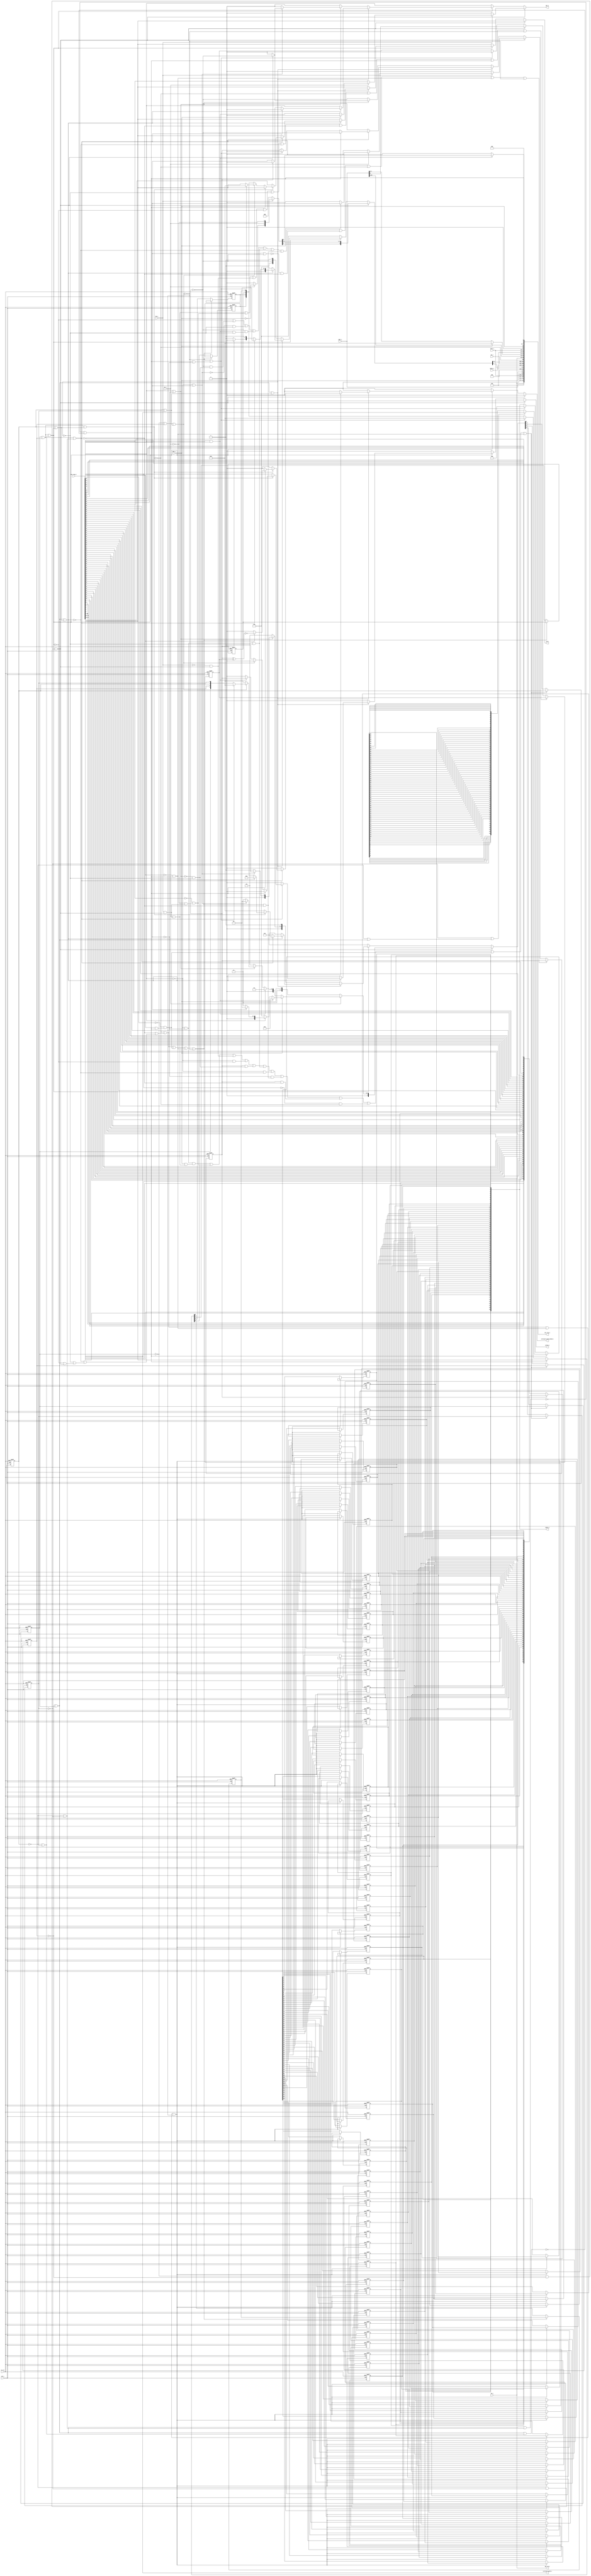
// This program was cloned from: https://github.com/NYU-MLDA/OpenABC
// License: BSD 3-Clause "New" or "Revised" License

module axi_adapter_64_4_00000004
(
  clk_i,
  rst_ni,
  req_i,
  type_i,
  gnt_o,
  gnt_id_o,
  addr_i,
  we_i,
  wdata_i,
  be_i,
  size_i,
  id_i,
  valid_o,
  rdata_o,
  id_o,
  critical_word_o,
  critical_word_valid_o,
  axi_req_o,
  axi_resp_i
);

  output [3:0] gnt_id_o;
  input [63:0] addr_i;
  input [63:0] wdata_i;
  input [7:0] be_i;
  input [1:0] size_i;
  input [3:0] id_i;
  output [63:0] rdata_o;
  output [3:0] id_o;
  output [63:0] critical_word_o;
  output [277:0] axi_req_o;
  input [81:0] axi_resp_i;
  input clk_i;
  input rst_ni;
  input req_i;
  input type_i;
  input we_i;
  output gnt_o;
  output valid_o;
  output critical_word_valid_o;
  wire [3:0] gnt_id_o,id_o,state_d,id_d;
  wire [63:0] critical_word_o,cache_line_d;
  wire [277:0] axi_req_o;
  wire gnt_o,valid_o,critical_word_valid_o,N0,N1,N2,N3,N4,N5,N6,N7,N8,N9,N10,N11,N12,
  N13,N14,N15,N16,N17,N18,N19,N20,N21,N22,N23,N24,N25,N26,N27,N28,N29,N30,N31,N32,
  N33,N34,N35,N36,N37,N38,N39,N40,N41,N42,N43,N44,N45,N46,N47,N48,N49,N50,N51,N52,
  N53,N54,N55,N56,N57,N58,N59,N60,N61,N62,N63,N64,N65,N66,N67,N68,N69,N70,N71,N72,
  N73,N74,N75,N76,N77,N78,N79,N80,N81,N82,N83,N84,N85,N86,N87,N88,N89,N90,N91,N92,
  N93,N94,N95,N96,N97,N98,N99,N100,N101,N102,N103,N104,N105,N106,N107,N108,N109,
  N110,N111,N112,N113,N114,N115,N116,N117,N118,N119,N120,N121,N122,N123,N124,N125,
  N126,N127,N128,N129,N130,N131,N132,N133,N134,N135,N136,N137,N138,N139,N140,N141,
  N142,N143,N144,N145,N146,N147,N148,N149,N150,N151,N152,N153,N154,N155,N156,N157,
  N158,N159,N160,N161,N162,N163,N164,N165,N166,N167,N168,N169,N170,N171,N172,N173,
  N174,N175,N176,N177,N178,N179,N180,N181,N182,N183,N184,N185,N186,N187,N188,N189,
  N190,N191,N192,N193,N194,N195,N196,N197,N198,N199,N200,N201,N202,N203,N204,N205,
  N206,N207,N208,N209,N210,N211,N212,N213,N214,N215,N216,N217,N218,N219,N220,N221,
  N222,N223,N224,N225,N226,N227,N228,N229,N230,N231,N232,N233,N234,N235,N236,N237,
  N238,N239,N240,N241,N242,N243,N244,N245,N246,N247,N248,N249,N250,N251,N252,N253,
  N254,N255,N256,N257,N258,N259,N260,N261,N262,N263,N264,N265,N266,N267,N268,N269,
  N270,N271,N272,N273,N274,N275,N276,N277,N278,N279,N280,N281,N282,N283,N284,N285,
  N286,N287,N288,N289,N290,N291,N292,N293,N294,N295,N296,N297,N298,N299,N300,N301,
  N302,N303,N304,N305,N306,N307,N308,N309,N310,N311,N312,N313,N314,N315,N316,N317,
  N318,N319,N320,N321,N322,N323,N324,N325,N326,N327,N328,N329,N330,N331,N332,N333,
  N334,N335,N336,N337;
  wire [0:0] cnt_d,addr_offset_d;
  reg [3:0] id_q,state_q;
  reg [0:0] cnt_q,addr_offset_q;
  reg [63:0] rdata_o;
  assign axi_req_o[2] = 1'b0;
  assign axi_req_o[3] = 1'b0;
  assign axi_req_o[4] = 1'b0;
  assign axi_req_o[5] = 1'b0;
  assign axi_req_o[6] = 1'b0;
  assign axi_req_o[7] = 1'b0;
  assign axi_req_o[8] = 1'b0;
  assign axi_req_o[9] = 1'b0;
  assign axi_req_o[10] = 1'b0;
  assign axi_req_o[11] = 1'b0;
  assign axi_req_o[12] = 1'b0;
  assign axi_req_o[13] = 1'b0;
  assign axi_req_o[14] = 1'b0;
  assign axi_req_o[15] = 1'b0;
  assign axi_req_o[16] = 1'b0;
  assign axi_req_o[17] = 1'b0;
  assign axi_req_o[19] = 1'b0;
  assign axi_req_o[22] = 1'b0;
  assign axi_req_o[23] = 1'b0;
  assign axi_req_o[24] = 1'b0;
  assign axi_req_o[25] = 1'b0;
  assign axi_req_o[26] = 1'b0;
  assign axi_req_o[27] = 1'b0;
  assign axi_req_o[28] = 1'b0;
  assign axi_req_o[29] = 1'b0;
  assign axi_req_o[30] = 1'b0;
  assign axi_req_o[175] = 1'b0;
  assign axi_req_o[176] = 1'b0;
  assign axi_req_o[177] = 1'b0;
  assign axi_req_o[178] = 1'b0;
  assign axi_req_o[179] = 1'b0;
  assign axi_req_o[180] = 1'b0;
  assign axi_req_o[181] = 1'b0;
  assign axi_req_o[182] = 1'b0;
  assign axi_req_o[183] = 1'b0;
  assign axi_req_o[184] = 1'b0;
  assign axi_req_o[185] = 1'b0;
  assign axi_req_o[186] = 1'b0;
  assign axi_req_o[187] = 1'b0;
  assign axi_req_o[188] = 1'b0;
  assign axi_req_o[189] = 1'b0;
  assign axi_req_o[190] = 1'b0;
  assign axi_req_o[191] = 1'b0;
  assign axi_req_o[192] = 1'b0;
  assign axi_req_o[193] = 1'b0;
  assign axi_req_o[194] = 1'b0;
  assign axi_req_o[195] = 1'b0;
  assign axi_req_o[196] = 1'b0;
  assign axi_req_o[198] = 1'b0;
  assign axi_req_o[201] = 1'b0;
  assign axi_req_o[202] = 1'b0;
  assign axi_req_o[203] = 1'b0;
  assign axi_req_o[204] = 1'b0;
  assign axi_req_o[205] = 1'b0;
  assign axi_req_o[206] = 1'b0;
  assign axi_req_o[207] = 1'b0;
  assign axi_req_o[208] = 1'b0;
  assign axi_req_o[209] = 1'b0;
  assign axi_req_o[197] = axi_req_o[18];
  assign critical_word_o[63] = axi_resp_i[66];
  assign critical_word_o[62] = axi_resp_i[65];
  assign critical_word_o[61] = axi_resp_i[64];
  assign critical_word_o[60] = axi_resp_i[63];
  assign critical_word_o[59] = axi_resp_i[62];
  assign critical_word_o[58] = axi_resp_i[61];
  assign critical_word_o[57] = axi_resp_i[60];
  assign critical_word_o[56] = axi_resp_i[59];
  assign critical_word_o[55] = axi_resp_i[58];
  assign critical_word_o[54] = axi_resp_i[57];
  assign critical_word_o[53] = axi_resp_i[56];
  assign critical_word_o[52] = axi_resp_i[55];
  assign critical_word_o[51] = axi_resp_i[54];
  assign critical_word_o[50] = axi_resp_i[53];
  assign critical_word_o[49] = axi_resp_i[52];
  assign critical_word_o[48] = axi_resp_i[51];
  assign critical_word_o[47] = axi_resp_i[50];
  assign critical_word_o[46] = axi_resp_i[49];
  assign critical_word_o[45] = axi_resp_i[48];
  assign critical_word_o[44] = axi_resp_i[47];
  assign critical_word_o[43] = axi_resp_i[46];
  assign critical_word_o[42] = axi_resp_i[45];
  assign critical_word_o[41] = axi_resp_i[44];
  assign critical_word_o[40] = axi_resp_i[43];
  assign critical_word_o[39] = axi_resp_i[42];
  assign critical_word_o[38] = axi_resp_i[41];
  assign critical_word_o[37] = axi_resp_i[40];
  assign critical_word_o[36] = axi_resp_i[39];
  assign critical_word_o[35] = axi_resp_i[38];
  assign critical_word_o[34] = axi_resp_i[37];
  assign critical_word_o[33] = axi_resp_i[36];
  assign critical_word_o[32] = axi_resp_i[35];
  assign critical_word_o[31] = axi_resp_i[34];
  assign critical_word_o[30] = axi_resp_i[33];
  assign critical_word_o[29] = axi_resp_i[32];
  assign critical_word_o[28] = axi_resp_i[31];
  assign critical_word_o[27] = axi_resp_i[30];
  assign critical_word_o[26] = axi_resp_i[29];
  assign critical_word_o[25] = axi_resp_i[28];
  assign critical_word_o[24] = axi_resp_i[27];
  assign critical_word_o[23] = axi_resp_i[26];
  assign critical_word_o[22] = axi_resp_i[25];
  assign critical_word_o[21] = axi_resp_i[24];
  assign critical_word_o[20] = axi_resp_i[23];
  assign critical_word_o[19] = axi_resp_i[22];
  assign critical_word_o[18] = axi_resp_i[21];
  assign critical_word_o[17] = axi_resp_i[20];
  assign critical_word_o[16] = axi_resp_i[19];
  assign critical_word_o[15] = axi_resp_i[18];
  assign critical_word_o[14] = axi_resp_i[17];
  assign critical_word_o[13] = axi_resp_i[16];
  assign critical_word_o[12] = axi_resp_i[15];
  assign critical_word_o[11] = axi_resp_i[14];
  assign critical_word_o[10] = axi_resp_i[13];
  assign critical_word_o[9] = axi_resp_i[12];
  assign critical_word_o[8] = axi_resp_i[11];
  assign critical_word_o[7] = axi_resp_i[10];
  assign critical_word_o[6] = axi_resp_i[9];
  assign critical_word_o[5] = axi_resp_i[8];
  assign critical_word_o[4] = axi_resp_i[7];
  assign critical_word_o[3] = axi_resp_i[6];
  assign critical_word_o[2] = axi_resp_i[5];
  assign critical_word_o[1] = axi_resp_i[4];
  assign critical_word_o[0] = axi_resp_i[3];
  assign gnt_id_o[3] = id_i[3];
  assign axi_req_o[98] = id_i[3];
  assign axi_req_o[277] = id_i[3];
  assign gnt_id_o[2] = id_i[2];
  assign axi_req_o[97] = id_i[2];
  assign axi_req_o[276] = id_i[2];
  assign gnt_id_o[1] = id_i[1];
  assign axi_req_o[96] = id_i[1];
  assign axi_req_o[275] = id_i[1];
  assign gnt_id_o[0] = id_i[0];
  assign axi_req_o[95] = id_i[0];
  assign axi_req_o[274] = id_i[0];
  assign axi_req_o[94] = addr_i[63];
  assign axi_req_o[273] = addr_i[63];
  assign axi_req_o[93] = addr_i[62];
  assign axi_req_o[272] = addr_i[62];
  assign axi_req_o[92] = addr_i[61];
  assign axi_req_o[271] = addr_i[61];
  assign axi_req_o[91] = addr_i[60];
  assign axi_req_o[270] = addr_i[60];
  assign axi_req_o[90] = addr_i[59];
  assign axi_req_o[269] = addr_i[59];
  assign axi_req_o[89] = addr_i[58];
  assign axi_req_o[268] = addr_i[58];
  assign axi_req_o[88] = addr_i[57];
  assign axi_req_o[267] = addr_i[57];
  assign axi_req_o[87] = addr_i[56];
  assign axi_req_o[266] = addr_i[56];
  assign axi_req_o[86] = addr_i[55];
  assign axi_req_o[265] = addr_i[55];
  assign axi_req_o[85] = addr_i[54];
  assign axi_req_o[264] = addr_i[54];
  assign axi_req_o[84] = addr_i[53];
  assign axi_req_o[263] = addr_i[53];
  assign axi_req_o[83] = addr_i[52];
  assign axi_req_o[262] = addr_i[52];
  assign axi_req_o[82] = addr_i[51];
  assign axi_req_o[261] = addr_i[51];
  assign axi_req_o[81] = addr_i[50];
  assign axi_req_o[260] = addr_i[50];
  assign axi_req_o[80] = addr_i[49];
  assign axi_req_o[259] = addr_i[49];
  assign axi_req_o[79] = addr_i[48];
  assign axi_req_o[258] = addr_i[48];
  assign axi_req_o[78] = addr_i[47];
  assign axi_req_o[257] = addr_i[47];
  assign axi_req_o[77] = addr_i[46];
  assign axi_req_o[256] = addr_i[46];
  assign axi_req_o[76] = addr_i[45];
  assign axi_req_o[255] = addr_i[45];
  assign axi_req_o[75] = addr_i[44];
  assign axi_req_o[254] = addr_i[44];
  assign axi_req_o[74] = addr_i[43];
  assign axi_req_o[253] = addr_i[43];
  assign axi_req_o[73] = addr_i[42];
  assign axi_req_o[252] = addr_i[42];
  assign axi_req_o[72] = addr_i[41];
  assign axi_req_o[251] = addr_i[41];
  assign axi_req_o[71] = addr_i[40];
  assign axi_req_o[250] = addr_i[40];
  assign axi_req_o[70] = addr_i[39];
  assign axi_req_o[249] = addr_i[39];
  assign axi_req_o[69] = addr_i[38];
  assign axi_req_o[248] = addr_i[38];
  assign axi_req_o[68] = addr_i[37];
  assign axi_req_o[247] = addr_i[37];
  assign axi_req_o[67] = addr_i[36];
  assign axi_req_o[246] = addr_i[36];
  assign axi_req_o[66] = addr_i[35];
  assign axi_req_o[245] = addr_i[35];
  assign axi_req_o[65] = addr_i[34];
  assign axi_req_o[244] = addr_i[34];
  assign axi_req_o[64] = addr_i[33];
  assign axi_req_o[243] = addr_i[33];
  assign axi_req_o[63] = addr_i[32];
  assign axi_req_o[242] = addr_i[32];
  assign axi_req_o[62] = addr_i[31];
  assign axi_req_o[241] = addr_i[31];
  assign axi_req_o[61] = addr_i[30];
  assign axi_req_o[240] = addr_i[30];
  assign axi_req_o[60] = addr_i[29];
  assign axi_req_o[239] = addr_i[29];
  assign axi_req_o[59] = addr_i[28];
  assign axi_req_o[238] = addr_i[28];
  assign axi_req_o[58] = addr_i[27];
  assign axi_req_o[237] = addr_i[27];
  assign axi_req_o[57] = addr_i[26];
  assign axi_req_o[236] = addr_i[26];
  assign axi_req_o[56] = addr_i[25];
  assign axi_req_o[235] = addr_i[25];
  assign axi_req_o[55] = addr_i[24];
  assign axi_req_o[234] = addr_i[24];
  assign axi_req_o[54] = addr_i[23];
  assign axi_req_o[233] = addr_i[23];
  assign axi_req_o[53] = addr_i[22];
  assign axi_req_o[232] = addr_i[22];
  assign axi_req_o[52] = addr_i[21];
  assign axi_req_o[231] = addr_i[21];
  assign axi_req_o[51] = addr_i[20];
  assign axi_req_o[230] = addr_i[20];
  assign axi_req_o[50] = addr_i[19];
  assign axi_req_o[229] = addr_i[19];
  assign axi_req_o[49] = addr_i[18];
  assign axi_req_o[228] = addr_i[18];
  assign axi_req_o[48] = addr_i[17];
  assign axi_req_o[227] = addr_i[17];
  assign axi_req_o[47] = addr_i[16];
  assign axi_req_o[226] = addr_i[16];
  assign axi_req_o[46] = addr_i[15];
  assign axi_req_o[225] = addr_i[15];
  assign axi_req_o[45] = addr_i[14];
  assign axi_req_o[224] = addr_i[14];
  assign axi_req_o[44] = addr_i[13];
  assign axi_req_o[223] = addr_i[13];
  assign axi_req_o[43] = addr_i[12];
  assign axi_req_o[222] = addr_i[12];
  assign axi_req_o[42] = addr_i[11];
  assign axi_req_o[221] = addr_i[11];
  assign axi_req_o[41] = addr_i[10];
  assign axi_req_o[220] = addr_i[10];
  assign axi_req_o[40] = addr_i[9];
  assign axi_req_o[219] = addr_i[9];
  assign axi_req_o[39] = addr_i[8];
  assign axi_req_o[218] = addr_i[8];
  assign axi_req_o[38] = addr_i[7];
  assign axi_req_o[217] = addr_i[7];
  assign axi_req_o[37] = addr_i[6];
  assign axi_req_o[216] = addr_i[6];
  assign axi_req_o[36] = addr_i[5];
  assign axi_req_o[215] = addr_i[5];
  assign axi_req_o[35] = addr_i[4];
  assign axi_req_o[214] = addr_i[4];
  assign axi_req_o[213] = addr_i[3];
  assign axi_req_o[212] = addr_i[2];
  assign axi_req_o[211] = addr_i[1];
  assign axi_req_o[210] = addr_i[0];
  assign axi_req_o[21] = size_i[1];
  assign axi_req_o[200] = size_i[1];
  assign axi_req_o[20] = size_i[0];
  assign axi_req_o[199] = size_i[0];
  assign axi_req_o[173] = wdata_i[63];
  assign axi_req_o[172] = wdata_i[62];
  assign axi_req_o[171] = wdata_i[61];
  assign axi_req_o[170] = wdata_i[60];
  assign axi_req_o[169] = wdata_i[59];
  assign axi_req_o[168] = wdata_i[58];
  assign axi_req_o[167] = wdata_i[57];
  assign axi_req_o[166] = wdata_i[56];
  assign axi_req_o[165] = wdata_i[55];
  assign axi_req_o[164] = wdata_i[54];
  assign axi_req_o[163] = wdata_i[53];
  assign axi_req_o[162] = wdata_i[52];
  assign axi_req_o[161] = wdata_i[51];
  assign axi_req_o[160] = wdata_i[50];
  assign axi_req_o[159] = wdata_i[49];
  assign axi_req_o[158] = wdata_i[48];
  assign axi_req_o[157] = wdata_i[47];
  assign axi_req_o[156] = wdata_i[46];
  assign axi_req_o[155] = wdata_i[45];
  assign axi_req_o[154] = wdata_i[44];
  assign axi_req_o[153] = wdata_i[43];
  assign axi_req_o[152] = wdata_i[42];
  assign axi_req_o[151] = wdata_i[41];
  assign axi_req_o[150] = wdata_i[40];
  assign axi_req_o[149] = wdata_i[39];
  assign axi_req_o[148] = wdata_i[38];
  assign axi_req_o[147] = wdata_i[37];
  assign axi_req_o[146] = wdata_i[36];
  assign axi_req_o[145] = wdata_i[35];
  assign axi_req_o[144] = wdata_i[34];
  assign axi_req_o[143] = wdata_i[33];
  assign axi_req_o[142] = wdata_i[32];
  assign axi_req_o[141] = wdata_i[31];
  assign axi_req_o[140] = wdata_i[30];
  assign axi_req_o[139] = wdata_i[29];
  assign axi_req_o[138] = wdata_i[28];
  assign axi_req_o[137] = wdata_i[27];
  assign axi_req_o[136] = wdata_i[26];
  assign axi_req_o[135] = wdata_i[25];
  assign axi_req_o[134] = wdata_i[24];
  assign axi_req_o[133] = wdata_i[23];
  assign axi_req_o[132] = wdata_i[22];
  assign axi_req_o[131] = wdata_i[21];
  assign axi_req_o[130] = wdata_i[20];
  assign axi_req_o[129] = wdata_i[19];
  assign axi_req_o[128] = wdata_i[18];
  assign axi_req_o[127] = wdata_i[17];
  assign axi_req_o[126] = wdata_i[16];
  assign axi_req_o[125] = wdata_i[15];
  assign axi_req_o[124] = wdata_i[14];
  assign axi_req_o[123] = wdata_i[13];
  assign axi_req_o[122] = wdata_i[12];
  assign axi_req_o[121] = wdata_i[11];
  assign axi_req_o[120] = wdata_i[10];
  assign axi_req_o[119] = wdata_i[9];
  assign axi_req_o[118] = wdata_i[8];
  assign axi_req_o[117] = wdata_i[7];
  assign axi_req_o[116] = wdata_i[6];
  assign axi_req_o[115] = wdata_i[5];
  assign axi_req_o[114] = wdata_i[4];
  assign axi_req_o[113] = wdata_i[3];
  assign axi_req_o[112] = wdata_i[2];
  assign axi_req_o[111] = wdata_i[1];
  assign axi_req_o[110] = wdata_i[0];
  assign axi_req_o[109] = be_i[7];
  assign axi_req_o[108] = be_i[6];
  assign axi_req_o[107] = be_i[5];
  assign axi_req_o[106] = be_i[4];
  assign axi_req_o[105] = be_i[3];
  assign axi_req_o[104] = be_i[2];
  assign axi_req_o[103] = be_i[1];
  assign axi_req_o[102] = be_i[0];
  assign N29 = N28 & N328;
  assign N30 = N329 & N330;
  assign N31 = N29 & N30;
  assign N32 = state_q[3] | state_q[2];
  assign N33 = N329 | state_q[0];
  assign N34 = N32 | N33;
  assign N36 = state_q[3] | N328;
  assign N37 = state_q[1] | state_q[0];
  assign N38 = N36 | N37;
  assign N40 = state_q[3] | N328;
  assign N41 = state_q[1] | N330;
  assign N42 = N40 | N41;
  assign N44 = state_q[3] | state_q[2];
  assign N45 = N329 | N330;
  assign N46 = N44 | N45;
  assign N48 = state_q[3] | state_q[2];
  assign N49 = state_q[1] | N330;
  assign N50 = N48 | N49;
  assign N52 = state_q[3] | N328;
  assign N53 = N329 | N330;
  assign N54 = N52 | N53;
  assign N55 = state_q[3] | N328;
  assign N56 = N329 | state_q[0];
  assign N57 = N55 | N56;
  assign N59 = N28 | state_q[2];
  assign N60 = state_q[1] | state_q[0];
  assign N61 = N59 | N60;
  assign N66 = axi_resp_i[81] | N76;
  assign N68 = N75 | axi_resp_i[79];
  assign N70 = N75 & N76;
  assign N0 = N110 ^ addr_offset_q[0];
  assign N112 = ~N0;

  always @(posedge clk_i or posedge N256) begin
    if(N256) begin
      id_q[3] <= 1'b0;
    end else if(N268) begin
      id_q[3] <= id_d[3];
    end 
  end


  always @(posedge clk_i or posedge N256) begin
    if(N256) begin
      id_q[2] <= 1'b0;
    end else if(N268) begin
      id_q[2] <= id_d[2];
    end 
  end


  always @(posedge clk_i or posedge N256) begin
    if(N256) begin
      id_q[1] <= 1'b0;
    end else if(N268) begin
      id_q[1] <= id_d[1];
    end 
  end


  always @(posedge clk_i or posedge N256) begin
    if(N256) begin
      id_q[0] <= 1'b0;
    end else if(N268) begin
      id_q[0] <= id_d[0];
    end 
  end


  always @(posedge clk_i or posedge N256) begin
    if(N256) begin
      state_q[3] <= 1'b0;
    end else if(N296) begin
      state_q[3] <= state_d[3];
    end 
  end


  always @(posedge clk_i or posedge N256) begin
    if(N256) begin
      state_q[2] <= 1'b0;
    end else if(N296) begin
      state_q[2] <= state_d[2];
    end 
  end


  always @(posedge clk_i or posedge N256) begin
    if(N256) begin
      state_q[1] <= 1'b0;
    end else if(N296) begin
      state_q[1] <= state_d[1];
    end 
  end


  always @(posedge clk_i or posedge N256) begin
    if(N256) begin
      state_q[0] <= 1'b0;
    end else if(N296) begin
      state_q[0] <= state_d[0];
    end 
  end


  always @(posedge clk_i or posedge N256) begin
    if(N256) begin
      cnt_q[0] <= 1'b0;
    end else if(N312) begin
      cnt_q[0] <= cnt_d[0];
    end 
  end


  always @(posedge clk_i or posedge N256) begin
    if(N256) begin
      rdata_o[63] <= 1'b0;
    end else if(N315) begin
      rdata_o[63] <= cache_line_d[63];
    end 
  end


  always @(posedge clk_i or posedge N256) begin
    if(N256) begin
      rdata_o[62] <= 1'b0;
    end else if(N315) begin
      rdata_o[62] <= cache_line_d[62];
    end 
  end


  always @(posedge clk_i or posedge N256) begin
    if(N256) begin
      rdata_o[61] <= 1'b0;
    end else if(N315) begin
      rdata_o[61] <= cache_line_d[61];
    end 
  end


  always @(posedge clk_i or posedge N256) begin
    if(N256) begin
      rdata_o[60] <= 1'b0;
    end else if(N315) begin
      rdata_o[60] <= cache_line_d[60];
    end 
  end


  always @(posedge clk_i or posedge N256) begin
    if(N256) begin
      rdata_o[59] <= 1'b0;
    end else if(N315) begin
      rdata_o[59] <= cache_line_d[59];
    end 
  end


  always @(posedge clk_i or posedge N256) begin
    if(N256) begin
      rdata_o[58] <= 1'b0;
    end else if(N315) begin
      rdata_o[58] <= cache_line_d[58];
    end 
  end


  always @(posedge clk_i or posedge N256) begin
    if(N256) begin
      rdata_o[57] <= 1'b0;
    end else if(N315) begin
      rdata_o[57] <= cache_line_d[57];
    end 
  end


  always @(posedge clk_i or posedge N256) begin
    if(N256) begin
      rdata_o[56] <= 1'b0;
    end else if(N315) begin
      rdata_o[56] <= cache_line_d[56];
    end 
  end


  always @(posedge clk_i or posedge N256) begin
    if(N256) begin
      rdata_o[55] <= 1'b0;
    end else if(N315) begin
      rdata_o[55] <= cache_line_d[55];
    end 
  end


  always @(posedge clk_i or posedge N256) begin
    if(N256) begin
      rdata_o[54] <= 1'b0;
    end else if(N315) begin
      rdata_o[54] <= cache_line_d[54];
    end 
  end


  always @(posedge clk_i or posedge N256) begin
    if(N256) begin
      rdata_o[53] <= 1'b0;
    end else if(N315) begin
      rdata_o[53] <= cache_line_d[53];
    end 
  end


  always @(posedge clk_i or posedge N256) begin
    if(N256) begin
      rdata_o[52] <= 1'b0;
    end else if(N315) begin
      rdata_o[52] <= cache_line_d[52];
    end 
  end


  always @(posedge clk_i or posedge N256) begin
    if(N256) begin
      rdata_o[51] <= 1'b0;
    end else if(N315) begin
      rdata_o[51] <= cache_line_d[51];
    end 
  end


  always @(posedge clk_i or posedge N256) begin
    if(N256) begin
      rdata_o[50] <= 1'b0;
    end else if(N315) begin
      rdata_o[50] <= cache_line_d[50];
    end 
  end


  always @(posedge clk_i or posedge N256) begin
    if(N256) begin
      rdata_o[49] <= 1'b0;
    end else if(N315) begin
      rdata_o[49] <= cache_line_d[49];
    end 
  end


  always @(posedge clk_i or posedge N256) begin
    if(N256) begin
      rdata_o[48] <= 1'b0;
    end else if(N315) begin
      rdata_o[48] <= cache_line_d[48];
    end 
  end


  always @(posedge clk_i or posedge N256) begin
    if(N256) begin
      rdata_o[47] <= 1'b0;
    end else if(N315) begin
      rdata_o[47] <= cache_line_d[47];
    end 
  end


  always @(posedge clk_i or posedge N256) begin
    if(N256) begin
      rdata_o[46] <= 1'b0;
    end else if(N315) begin
      rdata_o[46] <= cache_line_d[46];
    end 
  end


  always @(posedge clk_i or posedge N256) begin
    if(N256) begin
      rdata_o[45] <= 1'b0;
    end else if(N315) begin
      rdata_o[45] <= cache_line_d[45];
    end 
  end


  always @(posedge clk_i or posedge N256) begin
    if(N256) begin
      rdata_o[44] <= 1'b0;
    end else if(N315) begin
      rdata_o[44] <= cache_line_d[44];
    end 
  end


  always @(posedge clk_i or posedge N256) begin
    if(N256) begin
      rdata_o[43] <= 1'b0;
    end else if(N315) begin
      rdata_o[43] <= cache_line_d[43];
    end 
  end


  always @(posedge clk_i or posedge N256) begin
    if(N256) begin
      rdata_o[42] <= 1'b0;
    end else if(N315) begin
      rdata_o[42] <= cache_line_d[42];
    end 
  end


  always @(posedge clk_i or posedge N256) begin
    if(N256) begin
      rdata_o[41] <= 1'b0;
    end else if(N315) begin
      rdata_o[41] <= cache_line_d[41];
    end 
  end


  always @(posedge clk_i or posedge N256) begin
    if(N256) begin
      rdata_o[40] <= 1'b0;
    end else if(N315) begin
      rdata_o[40] <= cache_line_d[40];
    end 
  end


  always @(posedge clk_i or posedge N256) begin
    if(N256) begin
      rdata_o[39] <= 1'b0;
    end else if(N315) begin
      rdata_o[39] <= cache_line_d[39];
    end 
  end


  always @(posedge clk_i or posedge N256) begin
    if(N256) begin
      rdata_o[38] <= 1'b0;
    end else if(N315) begin
      rdata_o[38] <= cache_line_d[38];
    end 
  end


  always @(posedge clk_i or posedge N256) begin
    if(N256) begin
      rdata_o[37] <= 1'b0;
    end else if(N315) begin
      rdata_o[37] <= cache_line_d[37];
    end 
  end


  always @(posedge clk_i or posedge N256) begin
    if(N256) begin
      rdata_o[36] <= 1'b0;
    end else if(N315) begin
      rdata_o[36] <= cache_line_d[36];
    end 
  end


  always @(posedge clk_i or posedge N256) begin
    if(N256) begin
      rdata_o[35] <= 1'b0;
    end else if(N315) begin
      rdata_o[35] <= cache_line_d[35];
    end 
  end


  always @(posedge clk_i or posedge N256) begin
    if(N256) begin
      rdata_o[34] <= 1'b0;
    end else if(N315) begin
      rdata_o[34] <= cache_line_d[34];
    end 
  end


  always @(posedge clk_i or posedge N256) begin
    if(N256) begin
      rdata_o[33] <= 1'b0;
    end else if(N315) begin
      rdata_o[33] <= cache_line_d[33];
    end 
  end


  always @(posedge clk_i or posedge N256) begin
    if(N256) begin
      rdata_o[32] <= 1'b0;
    end else if(N315) begin
      rdata_o[32] <= cache_line_d[32];
    end 
  end


  always @(posedge clk_i or posedge N256) begin
    if(N256) begin
      rdata_o[31] <= 1'b0;
    end else if(N315) begin
      rdata_o[31] <= cache_line_d[31];
    end 
  end


  always @(posedge clk_i or posedge N256) begin
    if(N256) begin
      rdata_o[30] <= 1'b0;
    end else if(N315) begin
      rdata_o[30] <= cache_line_d[30];
    end 
  end


  always @(posedge clk_i or posedge N256) begin
    if(N256) begin
      rdata_o[29] <= 1'b0;
    end else if(N315) begin
      rdata_o[29] <= cache_line_d[29];
    end 
  end


  always @(posedge clk_i or posedge N256) begin
    if(N256) begin
      rdata_o[28] <= 1'b0;
    end else if(N315) begin
      rdata_o[28] <= cache_line_d[28];
    end 
  end


  always @(posedge clk_i or posedge N256) begin
    if(N256) begin
      rdata_o[27] <= 1'b0;
    end else if(N315) begin
      rdata_o[27] <= cache_line_d[27];
    end 
  end


  always @(posedge clk_i or posedge N256) begin
    if(N256) begin
      rdata_o[26] <= 1'b0;
    end else if(N315) begin
      rdata_o[26] <= cache_line_d[26];
    end 
  end


  always @(posedge clk_i or posedge N256) begin
    if(N256) begin
      rdata_o[25] <= 1'b0;
    end else if(N315) begin
      rdata_o[25] <= cache_line_d[25];
    end 
  end


  always @(posedge clk_i or posedge N256) begin
    if(N256) begin
      rdata_o[24] <= 1'b0;
    end else if(N315) begin
      rdata_o[24] <= cache_line_d[24];
    end 
  end


  always @(posedge clk_i or posedge N256) begin
    if(N256) begin
      rdata_o[23] <= 1'b0;
    end else if(N315) begin
      rdata_o[23] <= cache_line_d[23];
    end 
  end


  always @(posedge clk_i or posedge N256) begin
    if(N256) begin
      rdata_o[22] <= 1'b0;
    end else if(N315) begin
      rdata_o[22] <= cache_line_d[22];
    end 
  end


  always @(posedge clk_i or posedge N256) begin
    if(N256) begin
      rdata_o[21] <= 1'b0;
    end else if(N315) begin
      rdata_o[21] <= cache_line_d[21];
    end 
  end


  always @(posedge clk_i or posedge N256) begin
    if(N256) begin
      rdata_o[20] <= 1'b0;
    end else if(N315) begin
      rdata_o[20] <= cache_line_d[20];
    end 
  end


  always @(posedge clk_i or posedge N256) begin
    if(N256) begin
      rdata_o[19] <= 1'b0;
    end else if(N315) begin
      rdata_o[19] <= cache_line_d[19];
    end 
  end


  always @(posedge clk_i or posedge N256) begin
    if(N256) begin
      rdata_o[18] <= 1'b0;
    end else if(N315) begin
      rdata_o[18] <= cache_line_d[18];
    end 
  end


  always @(posedge clk_i or posedge N256) begin
    if(N256) begin
      rdata_o[17] <= 1'b0;
    end else if(N315) begin
      rdata_o[17] <= cache_line_d[17];
    end 
  end


  always @(posedge clk_i or posedge N256) begin
    if(N256) begin
      rdata_o[16] <= 1'b0;
    end else if(N315) begin
      rdata_o[16] <= cache_line_d[16];
    end 
  end


  always @(posedge clk_i or posedge N256) begin
    if(N256) begin
      rdata_o[15] <= 1'b0;
    end else if(N315) begin
      rdata_o[15] <= cache_line_d[15];
    end 
  end


  always @(posedge clk_i or posedge N256) begin
    if(N256) begin
      rdata_o[14] <= 1'b0;
    end else if(N315) begin
      rdata_o[14] <= cache_line_d[14];
    end 
  end


  always @(posedge clk_i or posedge N256) begin
    if(N256) begin
      rdata_o[13] <= 1'b0;
    end else if(N315) begin
      rdata_o[13] <= cache_line_d[13];
    end 
  end


  always @(posedge clk_i or posedge N256) begin
    if(N256) begin
      rdata_o[12] <= 1'b0;
    end else if(N315) begin
      rdata_o[12] <= cache_line_d[12];
    end 
  end


  always @(posedge clk_i or posedge N256) begin
    if(N256) begin
      rdata_o[11] <= 1'b0;
    end else if(N315) begin
      rdata_o[11] <= cache_line_d[11];
    end 
  end


  always @(posedge clk_i or posedge N256) begin
    if(N256) begin
      rdata_o[10] <= 1'b0;
    end else if(N315) begin
      rdata_o[10] <= cache_line_d[10];
    end 
  end


  always @(posedge clk_i or posedge N256) begin
    if(N256) begin
      rdata_o[9] <= 1'b0;
    end else if(N315) begin
      rdata_o[9] <= cache_line_d[9];
    end 
  end


  always @(posedge clk_i or posedge N256) begin
    if(N256) begin
      rdata_o[8] <= 1'b0;
    end else if(N315) begin
      rdata_o[8] <= cache_line_d[8];
    end 
  end


  always @(posedge clk_i or posedge N256) begin
    if(N256) begin
      rdata_o[7] <= 1'b0;
    end else if(N315) begin
      rdata_o[7] <= cache_line_d[7];
    end 
  end


  always @(posedge clk_i or posedge N256) begin
    if(N256) begin
      rdata_o[6] <= 1'b0;
    end else if(N315) begin
      rdata_o[6] <= cache_line_d[6];
    end 
  end


  always @(posedge clk_i or posedge N256) begin
    if(N256) begin
      rdata_o[5] <= 1'b0;
    end else if(N315) begin
      rdata_o[5] <= cache_line_d[5];
    end 
  end


  always @(posedge clk_i or posedge N256) begin
    if(N256) begin
      rdata_o[4] <= 1'b0;
    end else if(N315) begin
      rdata_o[4] <= cache_line_d[4];
    end 
  end


  always @(posedge clk_i or posedge N256) begin
    if(N256) begin
      rdata_o[3] <= 1'b0;
    end else if(N315) begin
      rdata_o[3] <= cache_line_d[3];
    end 
  end


  always @(posedge clk_i or posedge N256) begin
    if(N256) begin
      rdata_o[2] <= 1'b0;
    end else if(N315) begin
      rdata_o[2] <= cache_line_d[2];
    end 
  end


  always @(posedge clk_i or posedge N256) begin
    if(N256) begin
      rdata_o[1] <= 1'b0;
    end else if(N315) begin
      rdata_o[1] <= cache_line_d[1];
    end 
  end


  always @(posedge clk_i or posedge N256) begin
    if(N256) begin
      rdata_o[0] <= 1'b0;
    end else if(N315) begin
      rdata_o[0] <= cache_line_d[0];
    end 
  end


  always @(posedge clk_i or posedge N256) begin
    if(N256) begin
      addr_offset_q[0] <= 1'b0;
    end else if(N325) begin
      addr_offset_q[0] <= addr_offset_d[0];
    end 
  end

  assign N326 = ~cnt_q[0];
  assign N327 = ~type_i;
  assign N328 = ~state_q[2];
  assign N329 = ~state_q[1];
  assign N330 = ~state_q[0];
  assign N331 = N328 | state_q[3];
  assign N332 = N329 | N331;
  assign N333 = N330 | N332;
  assign N334 = ~N333;
  assign N110 = 1'b0 ^ cnt_q[0];
  assign N244 = cnt_q[0] ^ 1'b1;
  assign N106 = cnt_q[0] ^ 1'b1;
  assign N97 = cnt_q[0] ^ 1'b1;
  assign N98 = cnt_q[0] ^ 1'b1;
  assign N335 = ~N110;
  assign N114 = 1'b1 & N335;
  assign N75 = ~axi_resp_i[81];
  assign N76 = ~axi_resp_i[79];
  assign N74 = axi_resp_i[81] & axi_resp_i[79];
  assign axi_req_o[34:31] = (N1)? addr_i[3:0] : 
                            (N2)? { 1'b0, 1'b0, 1'b0, 1'b0 } : 1'b0;
  assign N1 = N327;
  assign N2 = axi_req_o[18];
  assign { N72, N71 } = (N3)? { 1'b0, 1'b1 } : 
                        (N4)? { 1'b1, 1'b0 } : 
                        (N5)? { 1'b1, 1'b1 } : 
                        (N6)? { 1'b0, 1'b0 } : 1'b0;
  assign N3 = N74;
  assign N4 = N67;
  assign N5 = N69;
  assign N6 = N70;
  assign { N79, N78, N77 } = (N3)? { 1'b0, 1'b1, 1'b1 } : 
                             (N7)? { 1'b1, 1'b0, 1'b0 } : 
                             (N8)? { 1'b0, 1'b1, 1'b1 } : 1'b0;
  assign N7 = N75;
  assign N8 = N76;
  assign N80 = (N1)? N65 : 
               (N2)? 1'b0 : 1'b0;
  assign { N83, N82, N81 } = (N1)? { 1'b0, N72, N71 } : 
                             (N2)? { N79, N78, N77 } : 1'b0;
  assign N84 = (N1)? 1'b0 : 
               (N2)? axi_resp_i[79] : 1'b0;
  assign N86 = (N9)? N327 : 
               (N10)? 1'b0 : 1'b0;
  assign N9 = we_i;
  assign N10 = N64;
  assign N87 = (N9)? N84 : 
               (N10)? 1'b0 : 1'b0;
  assign N88 = (N9)? N80 : 
               (N10)? axi_resp_i[80] : 1'b0;
  assign { N91, N90, N89 } = (N9)? { N83, N82, N81 } : 
                             (N10)? { 1'b1, 1'b1, axi_req_o[18:18] } : 1'b0;
  assign { N94, N93, N92 } = (N11)? { N86, we_i, N64 } : 
                             (N12)? { 1'b0, 1'b0, 1'b0 } : 1'b0;
  assign N11 = req_i;
  assign N12 = N63;
  assign N95 = (N11)? N87 : 
               (N12)? 1'b0 : 1'b0;
  assign N96 = (N11)? N88 : 
               (N12)? 1'b0 : 1'b0;
  assign N99 = (N4)? N97 : 
               (N3)? N98 : 1'b0;
  assign { N101, N100 } = (N4)? { 1'b1, 1'b0 } : 
                          (N5)? { 1'b0, 1'b1 } : 
                          (N3)? { 1'b0, cnt_q[0:0] } : 1'b0;
  assign N102 = (N4)? 1'b0 : 
                (N5)? 1'b0 : 
                (N3)? N326 : 
                (N6)? 1'b0 : 1'b0;
  assign N107 = (N13)? 1'b1 : 
                (N14)? 1'b0 : 
                (N15)? 1'b0 : 1'b0;
  assign N13 = N326;
  assign N14 = cnt_q[0];
  assign N15 = 1'b0;
  assign N108 = (N13)? axi_resp_i[79] : 
                (N14)? 1'b0 : 
                (N15)? 1'b0 : 1'b0;
  assign { N179, N178, N177, N176, N175, N174, N173, N172, N171, N170, N169, N168, N167, N166, N165, N164, N163, N162, N161, N160, N159, N158, N157, N156, N155, N154, N153, N152, N151, N150, N149, N148, N147, N146, N145, N144, N143, N142, N141, N140, N139, N138, N137, N136, N135, N134, N133, N132, N131, N130, N129, N128, N127, N126, N125, N124, N123, N122, N121, N120, N119, N118, N117, N116 } = (N16)? { axi_resp_i[3:3], axi_resp_i[4:4], axi_resp_i[5:5], axi_resp_i[6:6], axi_resp_i[7:7], axi_resp_i[8:8], axi_resp_i[9:9], axi_resp_i[10:10], axi_resp_i[11:11], axi_resp_i[12:12], axi_resp_i[13:13], axi_resp_i[14:14], axi_resp_i[15:15], axi_resp_i[16:16], axi_resp_i[17:17], axi_resp_i[18:18], axi_resp_i[19:19], axi_resp_i[20:20], axi_resp_i[21:21], axi_resp_i[22:22], axi_resp_i[23:23], axi_resp_i[24:24], axi_resp_i[25:25], axi_resp_i[26:26], axi_resp_i[27:27], axi_resp_i[28:28], axi_resp_i[29:29], axi_resp_i[30:30], axi_resp_i[31:31], axi_resp_i[32:32], axi_resp_i[33:33], axi_resp_i[34:34], axi_resp_i[35:35], axi_resp_i[36:36], axi_resp_i[37:37], axi_resp_i[38:38], axi_resp_i[39:39], axi_resp_i[40:40], axi_resp_i[41:41], axi_resp_i[42:42], axi_resp_i[43:43], axi_resp_i[44:44], axi_resp_i[45:45], axi_resp_i[46:46], axi_resp_i[47:47], axi_resp_i[48:48], axi_resp_i[49:49], axi_resp_i[50:50], axi_resp_i[51:51], axi_resp_i[52:52], axi_resp_i[53:53], axi_resp_i[54:54], axi_resp_i[55:55], axi_resp_i[56:56], axi_resp_i[57:57], axi_resp_i[58:58], axi_resp_i[59:59], axi_resp_i[60:60], axi_resp_i[61:61], axi_resp_i[62:62], axi_resp_i[63:63], axi_resp_i[64:64], axi_resp_i[65:65], axi_resp_i[66:66] } : 
                                                                                                                                                                                                                                                                                                                                                                                                              (N115)? { rdata_o[0:0], rdata_o[1:1], rdata_o[2:2], rdata_o[3:3], rdata_o[4:4], rdata_o[5:5], rdata_o[6:6], rdata_o[7:7], rdata_o[8:8], rdata_o[9:9], rdata_o[10:10], rdata_o[11:11], rdata_o[12:12], rdata_o[13:13], rdata_o[14:14], rdata_o[15:15], rdata_o[16:16], rdata_o[17:17], rdata_o[18:18], rdata_o[19:19], rdata_o[20:20], rdata_o[21:21], rdata_o[22:22], rdata_o[23:23], rdata_o[24:24], rdata_o[25:25], rdata_o[26:26], rdata_o[27:27], rdata_o[28:28], rdata_o[29:29], rdata_o[30:30], rdata_o[31:31], rdata_o[32:32], rdata_o[33:33], rdata_o[34:34], rdata_o[35:35], rdata_o[36:36], rdata_o[37:37], rdata_o[38:38], rdata_o[39:39], rdata_o[40:40], rdata_o[41:41], rdata_o[42:42], rdata_o[43:43], rdata_o[44:44], rdata_o[45:45], rdata_o[46:46], rdata_o[47:47], rdata_o[48:48], rdata_o[49:49], rdata_o[50:50], rdata_o[51:51], rdata_o[52:52], rdata_o[53:53], rdata_o[54:54], rdata_o[55:55], rdata_o[56:56], rdata_o[57:57], rdata_o[58:58], rdata_o[59:59], rdata_o[60:60], rdata_o[61:61], rdata_o[62:62], rdata_o[63:63] } : 1'b0;
  assign N16 = N114;
  assign { N243, N242, N241, N240, N239, N238, N237, N236, N235, N234, N233, N232, N231, N230, N229, N228, N227, N226, N225, N224, N223, N222, N221, N220, N219, N218, N217, N216, N215, N214, N213, N212, N211, N210, N209, N208, N207, N206, N205, N204, N203, N202, N201, N200, N199, N198, N197, N196, N195, N194, N193, N192, N191, N190, N189, N188, N187, N186, N185, N184, N183, N182, N181, N180 } = (N17)? { N116, N117, N118, N119, N120, N121, N122, N123, N124, N125, N126, N127, N128, N129, N130, N131, N132, N133, N134, N135, N136, N137, N138, N139, N140, N141, N142, N143, N144, N145, N146, N147, N148, N149, N150, N151, N152, N153, N154, N155, N156, N157, N158, N159, N160, N161, N162, N163, N164, N165, N166, N167, N168, N169, N170, N171, N172, N173, N174, N175, N176, N177, N178, N179 } : 
                                                                                                                                                                                                                                                                                                                                                                                                              (N18)? axi_resp_i[66:3] : 1'b0;
  assign N17 = N334;
  assign N18 = N333;
  assign N245 = (N19)? N112 : 
                (N111)? 1'b0 : 1'b0;
  assign N19 = axi_resp_i[71];
  assign cnt_d[0] = (N20)? N95 : 
                    (N21)? N99 : 
                    (N22)? N106 : 
                    (N23)? N244 : 
                    (N253)? cnt_q[0] : 1'b0;
  assign N20 = N31;
  assign N21 = N39;
  assign N22 = N47;
  assign N23 = axi_req_o[0];
  assign state_d = (N20)? { 1'b0, N91, N90, N89 } : 
                   (N24)? { 1'b0, 1'b0, 1'b0, 1'b1 } : 
                   (N21)? { 1'b0, N101, N100, 1'b1 } : 
                   (N25)? { 1'b0, 1'b0, 1'b0, 1'b1 } : 
                   (N22)? { 1'b0, 1'b0, 1'b0, 1'b1 } : 
                   (N26)? { 1'b0, 1'b0, 1'b0, 1'b0 } : 
                   (N23)? { 1'b1, 1'b0, 1'b0, 1'b0 } : 
                   (N27)? { 1'b0, 1'b0, 1'b0, 1'b0 } : 
                   (N253)? state_q : 1'b0;
  assign N24 = N35;
  assign N25 = N43;
  assign N26 = axi_req_o[99];
  assign N27 = N62;
  assign addr_offset_d[0] = (N20)? addr_i[3] : 
                            (N253)? addr_offset_q[0] : 1'b0;
  assign axi_req_o[1] = (N20)? N92 : 
                        (N255)? 1'b0 : 1'b0;
  assign { axi_req_o[174:174], axi_req_o[101:100] } = (N20)? { N93, N94, N93 } : 
                                                      (N24)? { 1'b1, 1'b0, 1'b0 } : 
                                                      (N21)? { 1'b1, N326, 1'b1 } : 
                                                      (N25)? { 1'b1, 1'b0, 1'b0 } : 
                                                      (N22)? { 1'b0, N107, 1'b1 } : 
                                                      (N26)? { 1'b0, 1'b0, 1'b0 } : 
                                                      (N23)? { 1'b0, 1'b0, 1'b0 } : 
                                                      (N27)? { 1'b0, 1'b0, 1'b0 } : 
                                                      (N253)? { 1'b0, 1'b0, 1'b0 } : 1'b0;
  assign gnt_o = (N20)? N96 : 
                 (N24)? axi_resp_i[81] : 
                 (N21)? N102 : 
                 (N25)? axi_resp_i[81] : 
                 (N22)? N108 : 
                 (N26)? 1'b0 : 
                 (N23)? 1'b0 : 
                 (N27)? 1'b0 : 
                 (N253)? 1'b0 : 1'b0;
  assign id_o = (N20)? axi_resp_i[70:67] : 
                (N24)? axi_resp_i[70:67] : 
                (N21)? axi_resp_i[70:67] : 
                (N25)? axi_resp_i[70:67] : 
                (N22)? axi_resp_i[70:67] : 
                (N26)? axi_resp_i[77:74] : 
                (N23)? axi_resp_i[70:67] : 
                (N27)? id_q : 
                (N253)? axi_resp_i[70:67] : 1'b0;
  assign valid_o = (N20)? 1'b0 : 
                   (N24)? 1'b0 : 
                   (N21)? 1'b0 : 
                   (N25)? 1'b0 : 
                   (N22)? 1'b0 : 
                   (N26)? axi_resp_i[78] : 
                   (N23)? 1'b0 : 
                   (N27)? 1'b1 : 
                   (N253)? 1'b0 : 1'b0;
  assign cache_line_d = (N23)? { N243, N242, N241, N240, N239, N238, N237, N236, N235, N234, N233, N232, N231, N230, N229, N228, N227, N226, N225, N224, N223, N222, N221, N220, N219, N218, N217, N216, N215, N214, N213, N212, N211, N210, N209, N208, N207, N206, N205, N204, N203, N202, N201, N200, N199, N198, N197, N196, N195, N194, N193, N192, N191, N190, N189, N188, N187, N186, N185, N184, N183, N182, N181, N180 } : 
                        (N253)? rdata_o : 1'b0;
  assign critical_word_valid_o = (N20)? 1'b0 : 
                                 (N24)? 1'b0 : 
                                 (N21)? 1'b0 : 
                                 (N25)? 1'b0 : 
                                 (N22)? 1'b0 : 
                                 (N26)? 1'b0 : 
                                 (N23)? N245 : 
                                 (N27)? 1'b0 : 
                                 (N253)? 1'b0 : 1'b0;
  assign id_d = (N23)? axi_resp_i[70:67] : 
                (N253)? id_q : 1'b0;
  assign axi_req_o[18] = type_i;
  assign N28 = ~state_q[3];
  assign N35 = ~N34;
  assign N39 = ~N38;
  assign N43 = ~N42;
  assign N47 = ~N46;
  assign N51 = ~N50;
  assign N58 = N336 | N337;
  assign N336 = ~N54;
  assign N337 = ~N57;
  assign N62 = ~N61;
  assign axi_req_o[99] = N51;
  assign axi_req_o[0] = N58;
  assign N63 = ~req_i;
  assign N64 = ~we_i;
  assign N65 = axi_resp_i[81] & axi_resp_i[79];
  assign N67 = ~N66;
  assign N69 = ~N68;
  assign N73 = ~axi_resp_i[79];
  assign N85 = ~axi_resp_i[80];
  assign N103 = ~axi_resp_i[81];
  assign N104 = axi_resp_i[79] | N326;
  assign N105 = ~N104;
  assign N109 = ~axi_resp_i[78];
  assign N111 = ~axi_resp_i[71];
  assign N113 = ~axi_resp_i[0];
  assign N115 = ~N114;
  assign N246 = N35 | N31;
  assign N247 = N39 | N246;
  assign N248 = N43 | N247;
  assign N249 = N47 | N248;
  assign N250 = axi_req_o[99] | N249;
  assign N251 = axi_req_o[0] | N250;
  assign N252 = N62 | N251;
  assign N253 = ~N252;
  assign N254 = ~N31;
  assign N255 = N254;
  assign N256 = ~rst_ni;
  assign N257 = N31 | N35;
  assign N258 = N257 | N39;
  assign N259 = N258 | N43;
  assign N260 = N259 | N47;
  assign N261 = N260 | axi_req_o[99];
  assign N262 = axi_resp_i[71] & axi_req_o[0];
  assign N263 = N113 & N262;
  assign N264 = N261 | N263;
  assign N265 = N111 & axi_req_o[0];
  assign N266 = N264 | N265;
  assign N267 = N266 | N62;
  assign N268 = ~N267;
  assign N269 = req_i & N31;
  assign N270 = we_i & N269;
  assign N271 = axi_req_o[18] & N270;
  assign N272 = N70 & N271;
  assign N273 = N64 & N269;
  assign N274 = N85 & N273;
  assign N275 = N272 | N274;
  assign N276 = N63 & N31;
  assign N277 = N275 | N276;
  assign N278 = N103 & N35;
  assign N279 = N277 | N278;
  assign N280 = N67 & N39;
  assign N281 = cnt_q[0] & N280;
  assign N282 = N279 | N281;
  assign N283 = N70 & N39;
  assign N284 = N282 | N283;
  assign N285 = N103 & N43;
  assign N286 = N284 | N285;
  assign N287 = N326 & N47;
  assign N288 = N73 & N287;
  assign N289 = N286 | N288;
  assign N290 = cnt_q[0] & N47;
  assign N291 = N289 | N290;
  assign N292 = N109 & axi_req_o[99];
  assign N293 = N291 | N292;
  assign N294 = N293 | N263;
  assign N295 = N294 | N265;
  assign N296 = ~N295;
  assign N297 = N326 & N280;
  assign N298 = N35 | N297;
  assign N299 = N69 & N39;
  assign N300 = N298 | N299;
  assign N301 = N74 & N39;
  assign N302 = N326 & N301;
  assign N303 = N300 | N302;
  assign N304 = N303 | N283;
  assign N305 = N304 | N43;
  assign N306 = N305 | N287;
  assign N307 = N105 & N47;
  assign N308 = N306 | N307;
  assign N309 = N308 | axi_req_o[99];
  assign N310 = N309 | N265;
  assign N311 = N310 | N62;
  assign N312 = ~N311;
  assign N313 = N261 | N265;
  assign N314 = N313 | N62;
  assign N315 = ~N314;
  assign N316 = N270 | N274;
  assign N317 = N316 | N276;
  assign N318 = N317 | N35;
  assign N319 = N318 | N39;
  assign N320 = N319 | N43;
  assign N321 = N320 | N47;
  assign N322 = N321 | axi_req_o[99];
  assign N323 = N322 | axi_req_o[0];
  assign N324 = N323 | N62;
  assign N325 = ~N324;

endmodule